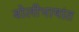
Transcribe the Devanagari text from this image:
बोलीभाषांत